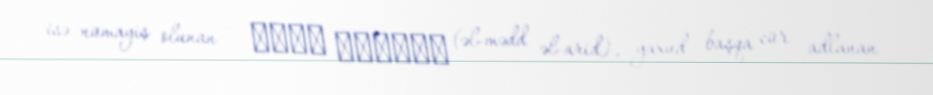
isə nümayiş olunan – المد العارض (əl-mədd əl-arid), yaxud başqa cür adlanan